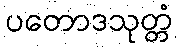
ပတောဒသုတ္တံ